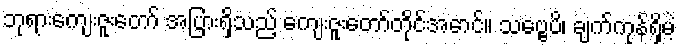
ဘုရားကျေးဇူးတော် အပြားရှိသည့် ကျေးဇူးတော်တိုင်အောင်။ သဗ္ဗေပိ၊ ချက်ကုန်ရှိမဲ့